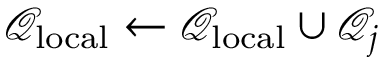
\mathcal { Q } _ { \mathrm { l o c a l } } \leftarrow \mathcal { Q } _ { \mathrm { l o c a l } } \cup \mathcal { Q } _ { j }